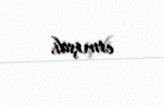
etmişdi.